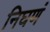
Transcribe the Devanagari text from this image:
निघणं